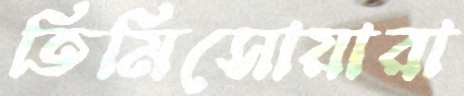
তিমিসোয়ারা